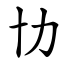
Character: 㔹